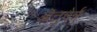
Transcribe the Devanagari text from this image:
ऒत्तुचेर्न्नु